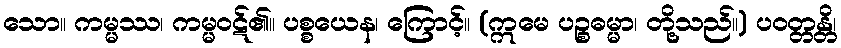
သော။ ကမ္မဿ၊ ကမ္မဝဋ်၏။ ပစ္စယေန၊ ကြောင့်။ (ဣမေ ပဉ္စဓမ္မာ၊ တို့သည်။) ပဝတ္တန္တိ၊